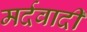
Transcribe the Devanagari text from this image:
मर्दवादी